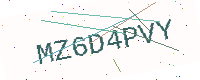
Text: MZ6D4PVY